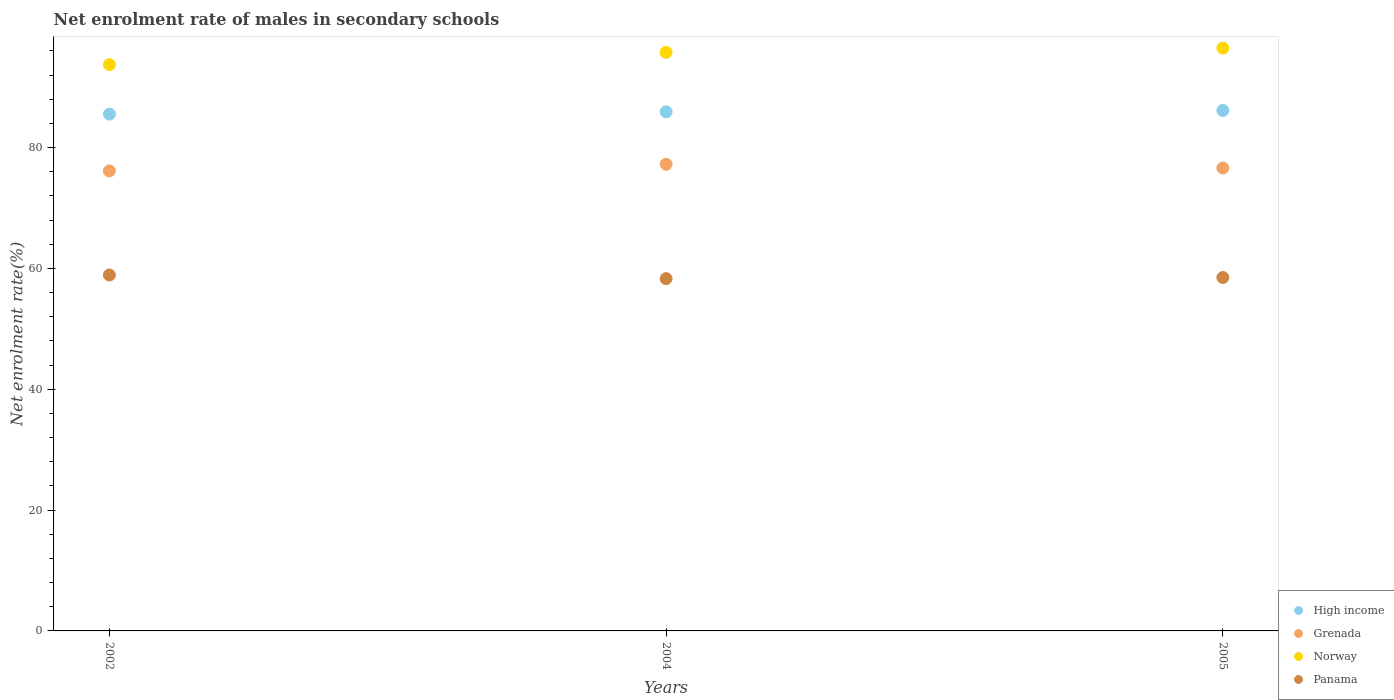
| Years | High income | Grenada | Norway | Panama |
 | --- | --- | --- | --- | --- |
 | 2002 | 85.5 | 76.1 | 93.7 | 58.9 |
 | 2004 | 85.9 | 77.2 | 95.8 | 58.3 |
 | 2005 | 86.1 | 76.6 | 96.5 | 58.5 |